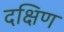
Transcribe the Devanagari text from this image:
दक्षिण